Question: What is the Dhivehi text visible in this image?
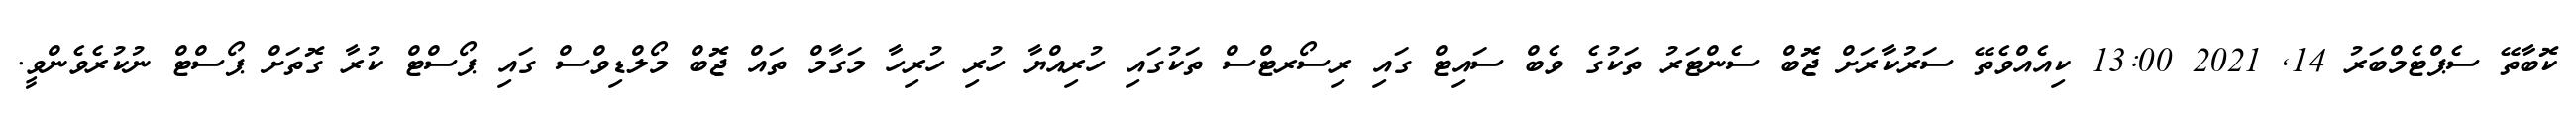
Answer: ކޮބާތޭ ސެޕްޓެމްބަރު 14, 2021 13:00 ކިއެއްވެތޭ ސަރުކާރަށް ޖޮބް ސެންޓަރު ތަކުގެ ވެބް ސައިޓް ގައި ރިސޯރޓްސް ތަކުގައި ހުރިއްޔާ ހުރި ހުރިހާ މަގާމް ތައް ޖޮބް މޯލްޑިވްސް ގައި ޕޯސްޓް ކުރާ ގޮތަށް ޕޯސްޓް ނުކުރެވެންވީ.